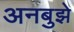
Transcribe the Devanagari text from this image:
अनबुझे